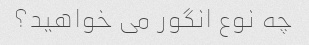
چه نوع انگور می خواهید؟